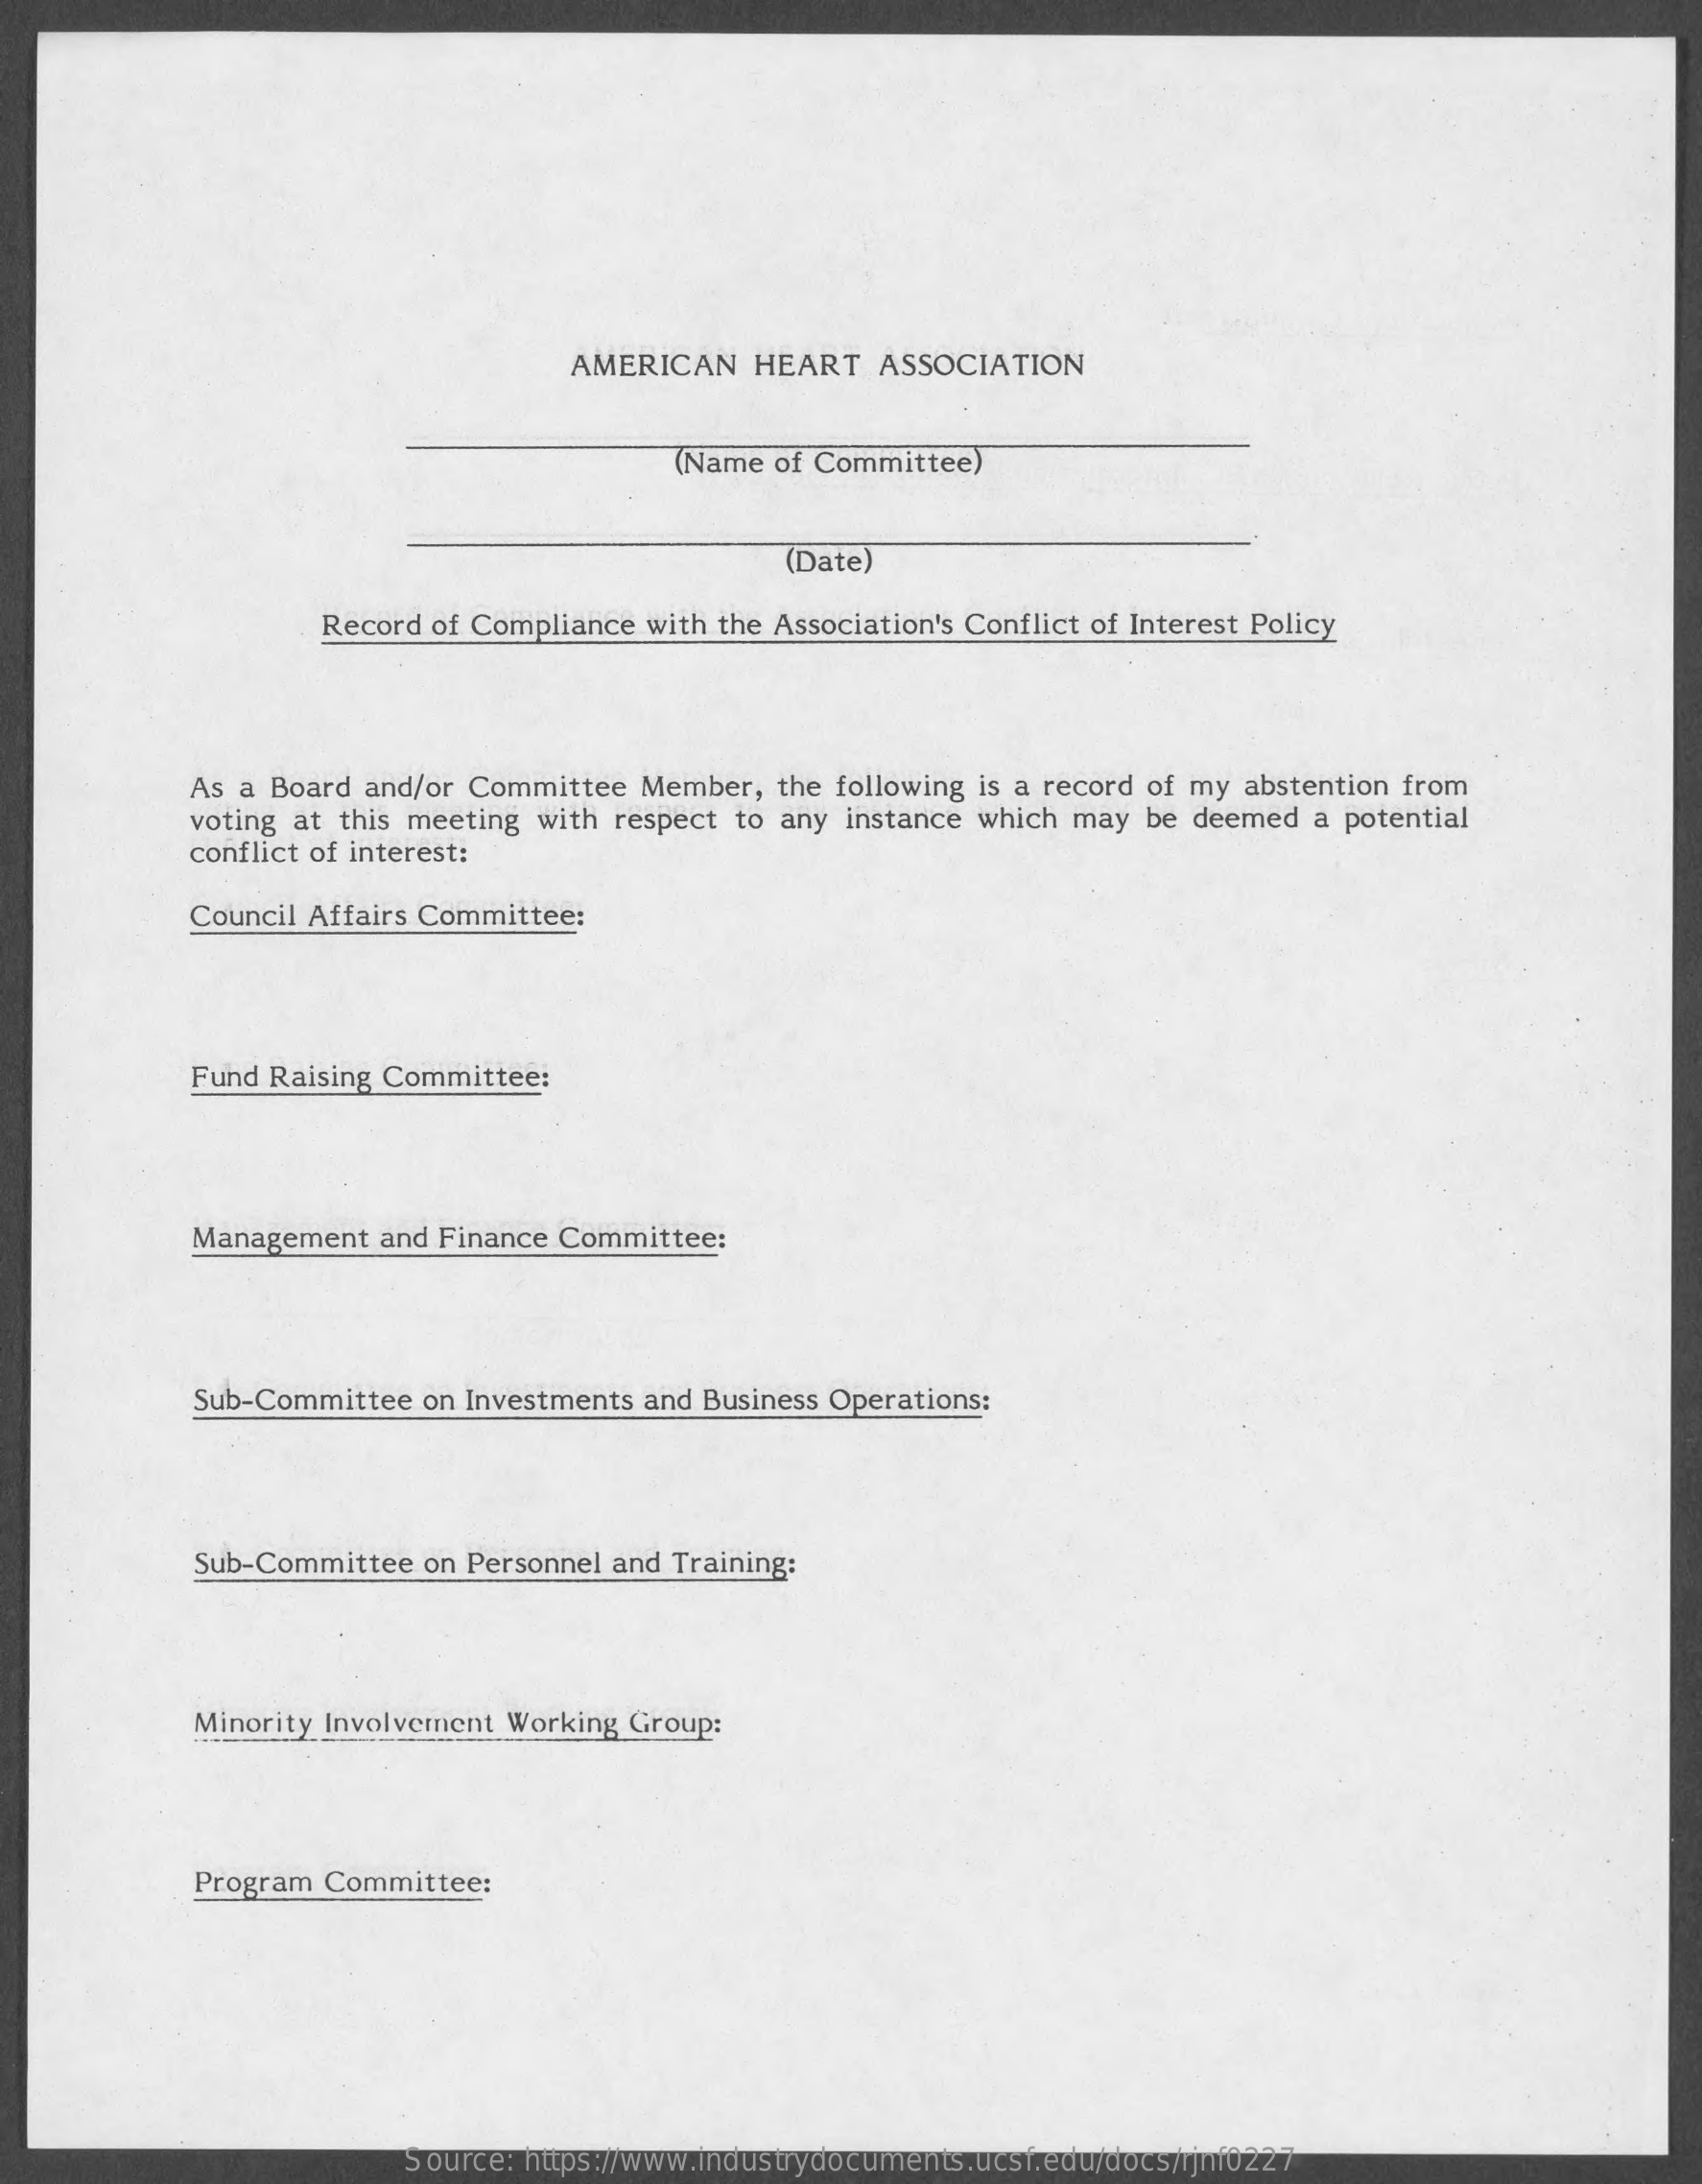
AMERICAN  HEART ASSOCIATION
     (Name of Committee)
     (Date)
     Record of Compliance with the Association's Conflict of Interest Policy
     As a Board and/or Committee Member, the following is a record of my abstention from
     voting at this meeting with respect to any instance which may be deemed a potential
     conflict of interest:
     Council Affairs Committee:
     Fund Raising Committee:
     Management and Finance Committee:
     Sub-Committee on Investments and Business Operations:
     Sub-Committee on Personnel and Training:
     Minority Involvement Working Group:
     Program Committee:
     Source: https://www.industrydocuments.ucsf.edu/docs/rjnf0227